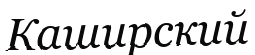
Каширский